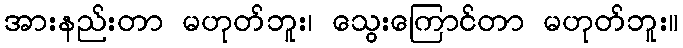
အားနည်းတာ မဟုတ်ဘူး၊ သွေးကြောင်တာ မဟုတ်ဘူး။